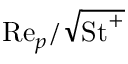
\mathrm { R e } _ { p } / \sqrt { \mathrm { S t } ^ { + } }